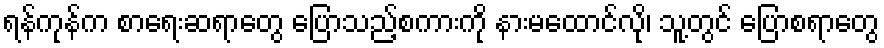
ရန်ကုန်က စာရေးဆရာတွေ ပြောသည့်စကားကို နားမထောင်လို၊ သူ့တွင် ပြောစရာတွေ